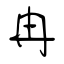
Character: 冉